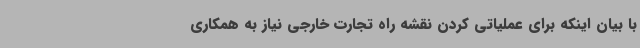
با بیان اینکه برای عملیاتی کردن نقشه راه تجارت خارجی نیاز به همکاری